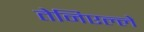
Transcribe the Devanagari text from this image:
तेनिएल्ले